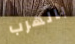
بالهرب